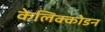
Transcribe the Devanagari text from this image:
केलिक्कोडन